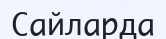
Сайларда